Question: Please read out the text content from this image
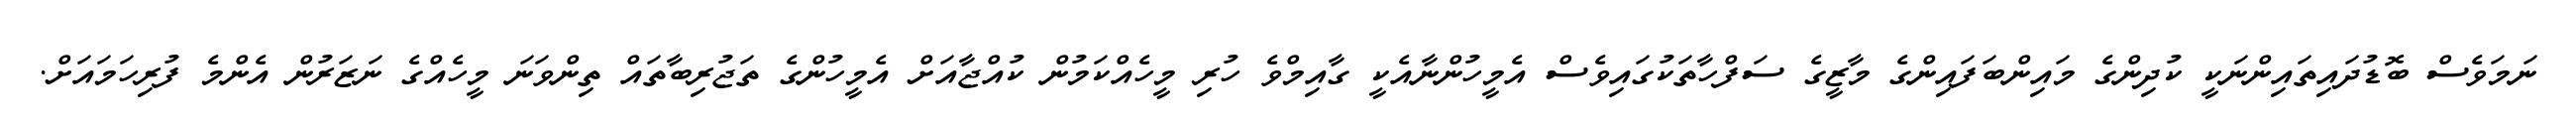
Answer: ނަމަވެސް ބޮޑުދައިތައިންނަކީ ކުދިންގެ މައިންބަފައިންގެ މާޒީގެ ސަފްހާތަކުގައިވެސް އެމީހުންނާއެކީ ގާއިމްވެ ހުރި މީހެއްކަމުން ކުއްޖާއަށް އެމީހުންގެ ތަޖުރިބާތައް ތިންވަނަ މީހެއްގެ ނަޒަރުން އެންމެ ފުރިހަމައަށް.